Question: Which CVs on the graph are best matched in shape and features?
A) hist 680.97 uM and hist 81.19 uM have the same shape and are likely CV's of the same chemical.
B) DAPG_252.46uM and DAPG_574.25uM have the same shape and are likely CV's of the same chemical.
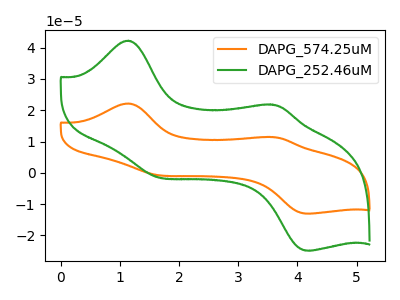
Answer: <think>The orange curve "DAPG_574.25uM" has anodic peaks at (1.15V, 22.15uA) (3.55V, 11.45uA) and cathodic peaks at (1.60V, -0.55uA) (4.20V, -13.00uA). The green curve "DAPG_252.46uM" has anodic peaks at (1.15V, 42.25uA) (3.55V, 21.80uA) and cathodic peaks at (1.60V, -1.10uA) (4.20V, -24.85uA).
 All the peaks in "DAPG_574.25uM" have a peak in "DAPG_252.46uM" at the same potential. Every peak in "DAPG_574.25uM" is lower than every peak in "DAPG_252.46uM".</think>
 <answer>B) "DAPG_252.46uM" and "DAPG_574.25uM" have the same shape and are likely CV's of the same chemical.</answer>
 <eval>B</eval>